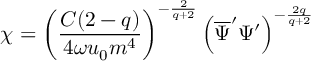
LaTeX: \chi = \left( \frac { C ( 2 - q ) } { 4 \omega u _ { 0 } m ^ { 4 } } \right) ^ { - \frac { 2 } { q + 2 } } \left( \overline { { { \Psi } } } ^ { \prime } \Psi ^ { \prime } \right) ^ { - \frac { 2 q } { q + 2 } }